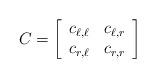
LaTeX: \begin{align*}C = \left[ \begin{array}{cc} c_{\ell,\ell} & c_{\ell,r}\\ c_{r,\ell} & c_{r,r} \end{array} \right]\end{align*}